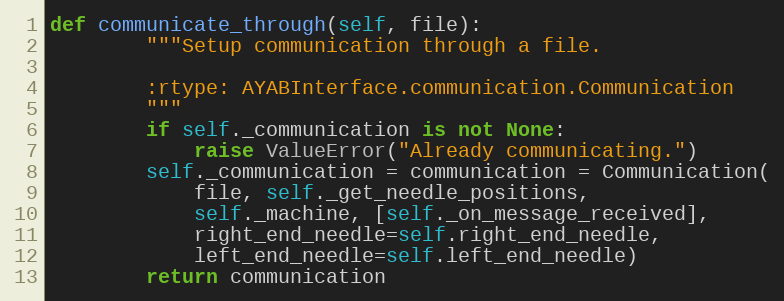
Language: Python
def communicate_through(self, file):
        """Setup communication through a file.

        :rtype: AYABInterface.communication.Communication
        """
        if self._communication is not None:
            raise ValueError("Already communicating.")
        self._communication = communication = Communication(
            file, self._get_needle_positions,
            self._machine, [self._on_message_received],
            right_end_needle=self.right_end_needle,
            left_end_needle=self.left_end_needle)
        return communication